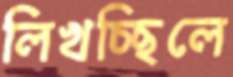
লিখচ্ছিলে